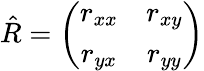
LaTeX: \begin{array}{r}{\hat{R}=\left(\begin{array}{cc}{r_{xx}}&{r_{xy}}\\ {r_{yx}}&{r_{yy}}\end{array}\right)}\end{array}